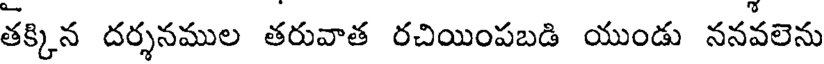
తక్కిన దర్శనముల తరువాత రచియింపబడి యుండు ననవలెను